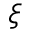
\boldsymbol { \xi }